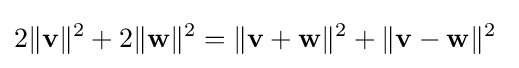
2\|\mathbf {v} \|^{2}+2\|\mathbf {w} \|^{2}=\|\mathbf {v+w} \|^{2}+\|\mathbf {v-w} \|^{2}\